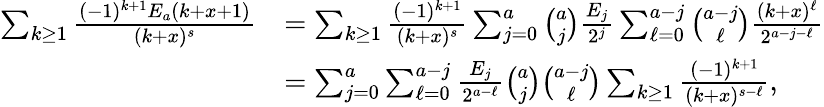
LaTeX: \begin{array}{rl}{\sum_{k\geq 1}\frac{(-1)^{k+1}E_{a}(k+x+1)}{(k+x)^{s}}}&{=\sum_{k\geq 1}\frac{(-1)^{k+1}}{(k+x)^{s}}\sum_{j=0}^{a}\binom{a}{j}\frac{E_{j}}{2^{j}}\sum_{\ell=0}^{a-j}\binom{a-j}{\ell}\frac{(k+x)^{\ell}}{2^{a-j-\ell}}}\\ &{=\sum_{j=0}^{a}\sum_{\ell=0}^{a-j}\frac{E_{j}}{2^{a-\ell}}\binom{a}{j}\binom{a-j}{\ell}\sum_{k\geq 1}\frac{(-1)^{k+1}}{(k+x)^{s-\ell}},}\end{array}